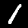
Digit: 1